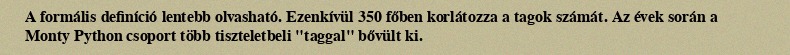
A formális definíció lentebb olvasható. Ezenkívül 350 főben korlátozza a tagok számát. Az évek során a Monty Python csoport több tiszteletbeli "taggal" bővült ki.